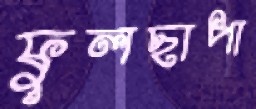
ফুলছাপা